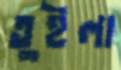
তুইলা